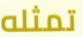
تمثله